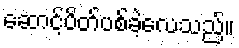
ဆောင့်ပိတ်ပစ်ခဲ့လေသည်။